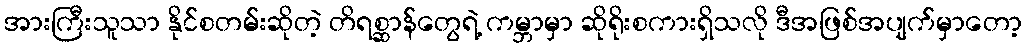
အားကြီးသူသာ နိုင်စတမ်းဆိုတဲ့ တိရစ္ဆာန်တွေရဲ့ ကမ္ဘာမှာ ဆိုရိုးစကားရှိသလို ဒီအဖြစ်အပျက်မှာတော့